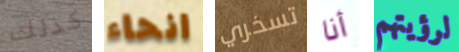
كذلك انحاء تسخري أنا لرؤيتهم